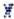
X